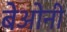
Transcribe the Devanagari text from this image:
बेओनी